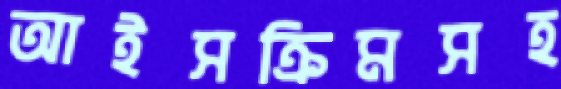
আইসক্রিমসহ